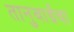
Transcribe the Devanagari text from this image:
तानुबाईंचा